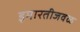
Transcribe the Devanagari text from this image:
इमारतीजवळ